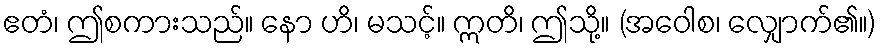
ဧတံ၊ ဤစကားသည်။ နော ဟိ၊ မသင့်။ ဣတိ၊ ဤသို့။ (အဝေါစ၊ လျှောက်၏။)